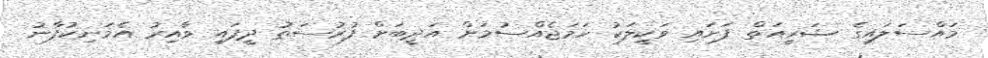
މައްސަލައިގެ ޝަރީއަތް ފަށައި ވަކީލަކު ހަމަޖެއްސުމަށް އަދީބަށް ފުރުސަތު ދީފައި ވާއިރު އެމަނިކުފާނު